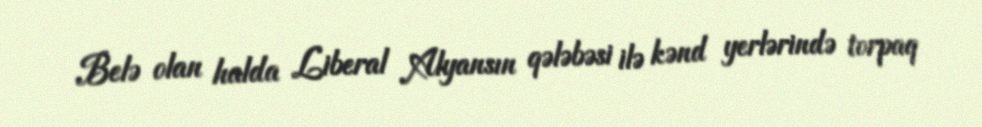
Belə olan halda Liberal Alyansın qələbəsi ilə kənd yerlərində torpaq